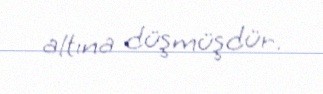
altına düşmüşdür.